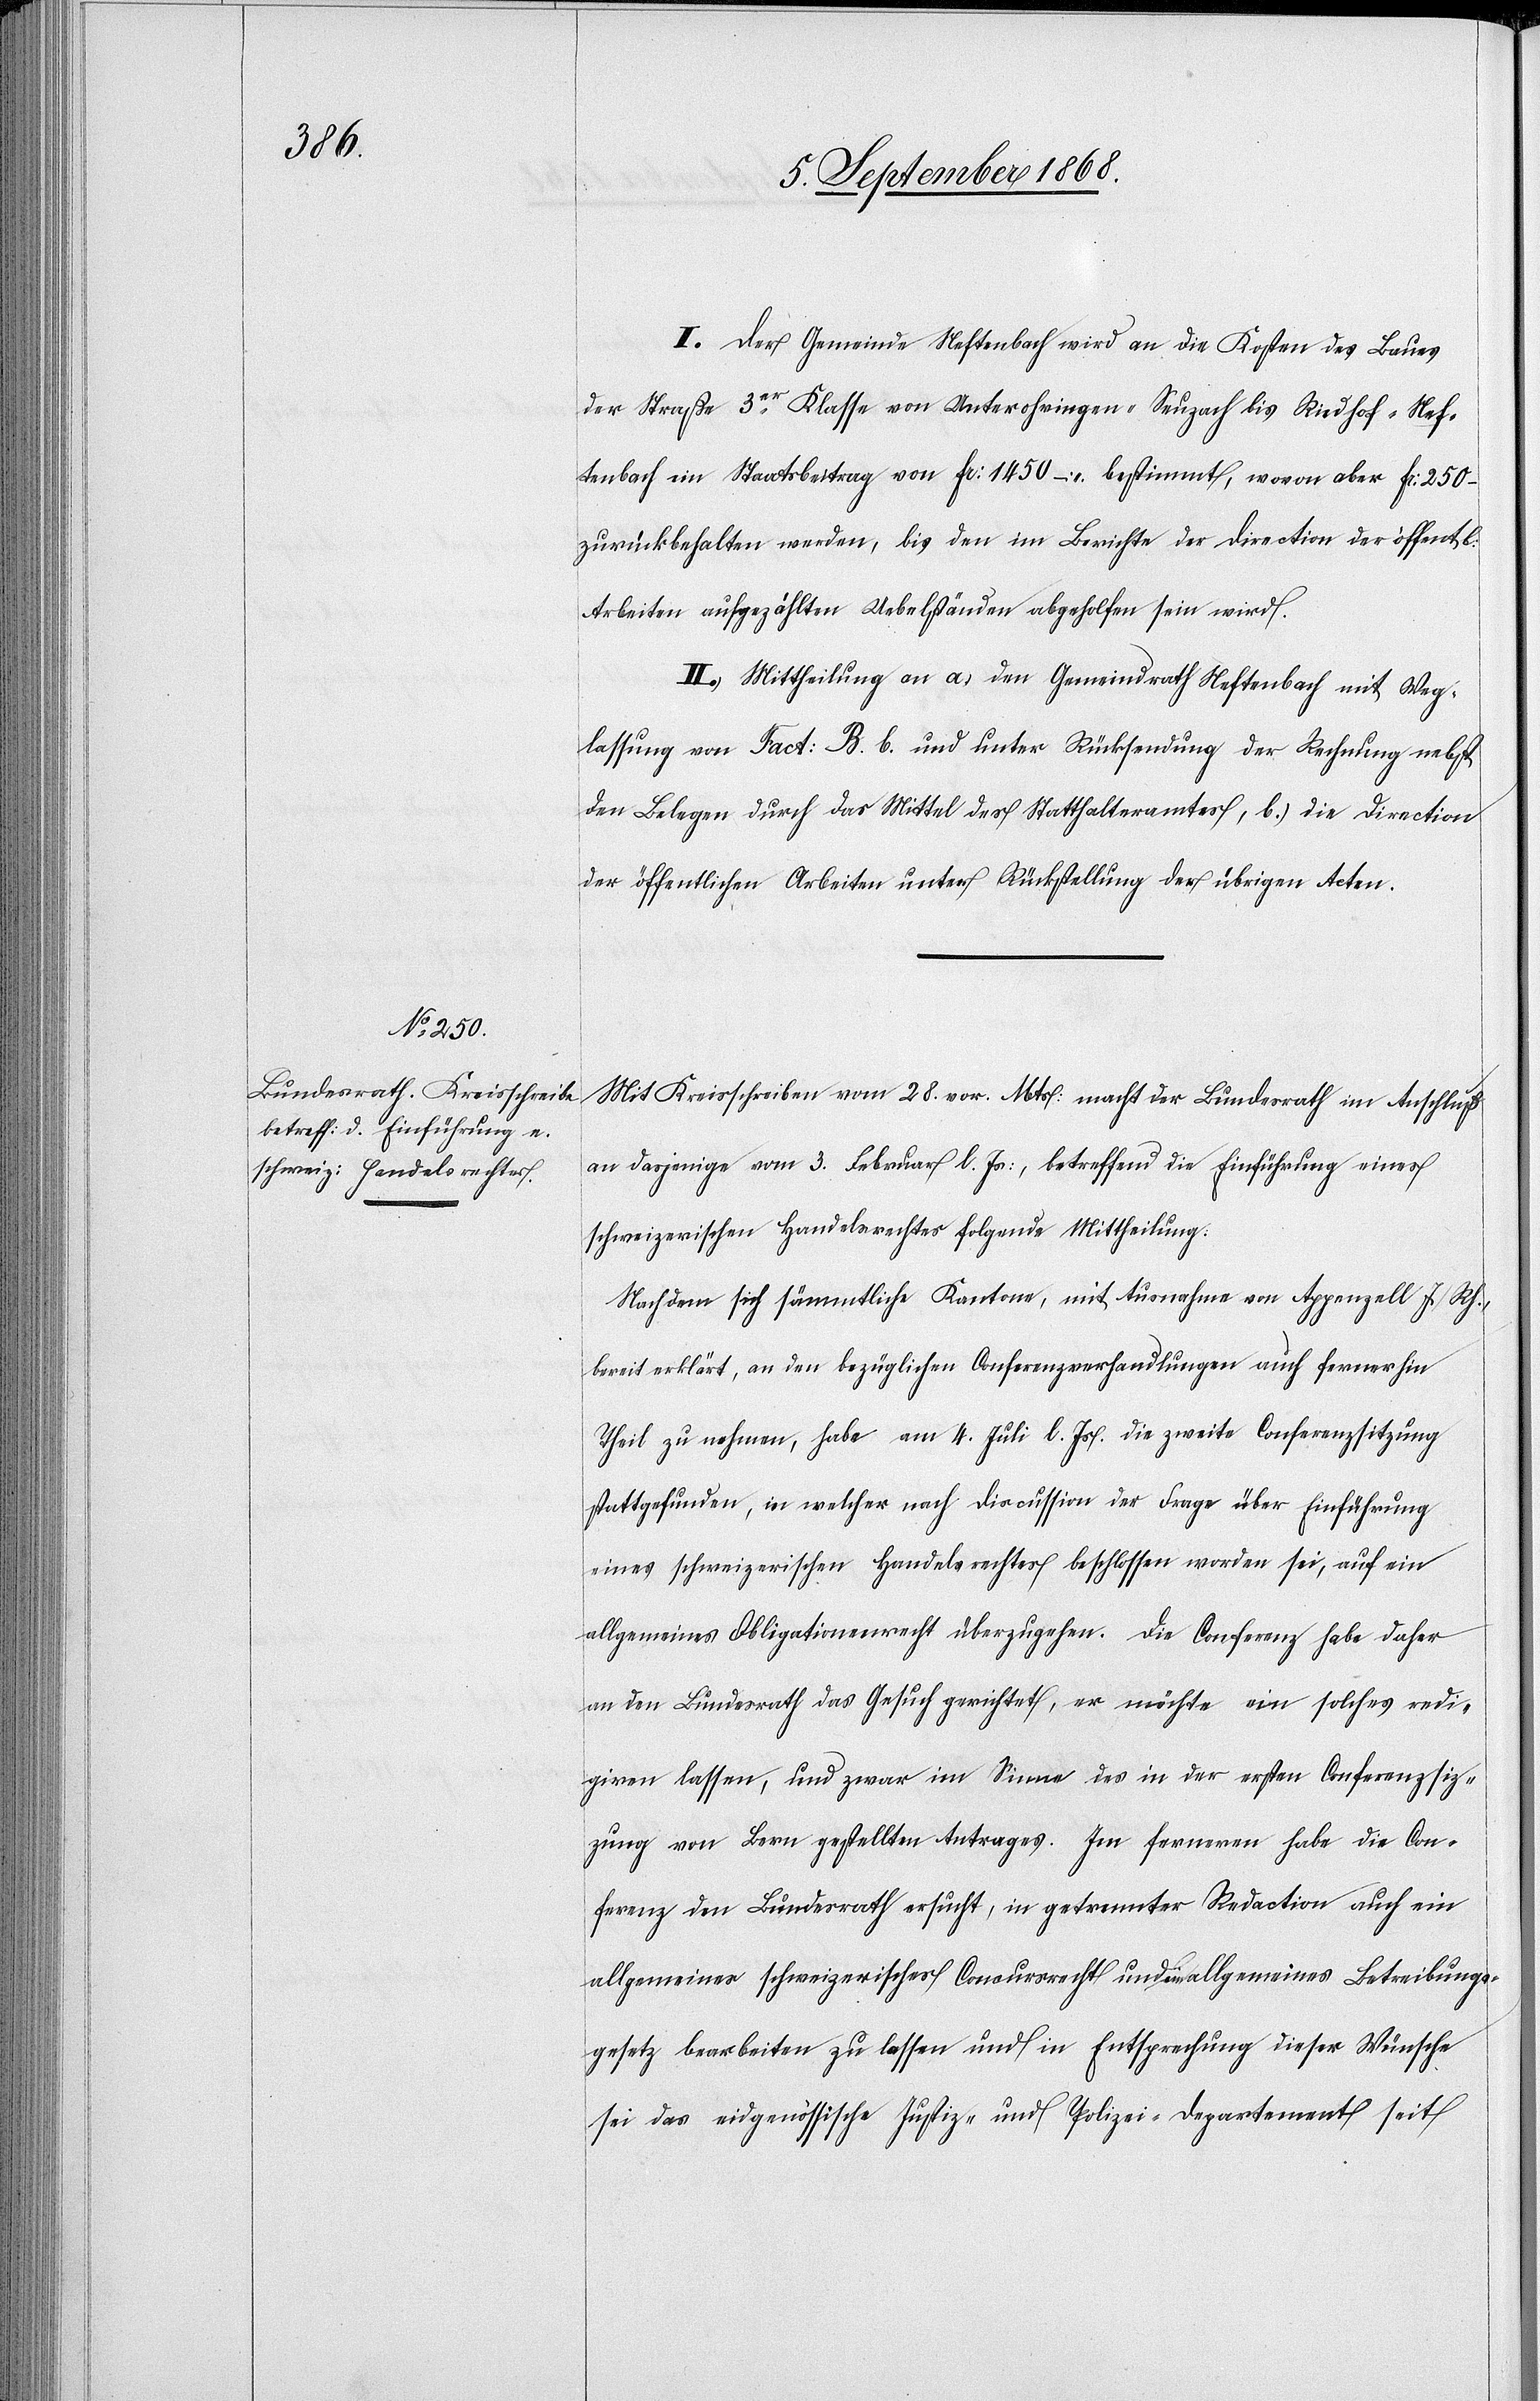
I. Der Gemeinde Neftenbach wird an die Kosten des Baues
der Straße 3er Klasse von Unterohringen - Seuzach bis Riedhof - Nef¬
tenbach ein Staatsbeitrag von Fr: 1450 – bestimmt, wovon aber Fr: 250 –
zurückbehalten werden, bis den im Berichte der Direction der öffentl:
Arbeiten aufgezählten Uebelständen abgeholfen sein wird.
II. Mittheilung an a.) den Gemeindrath Neftenbach mit Weg¬
lassung von Fact: B. b. und unter Rücksendung der Rechnung nebst
den Belegen durch das Mittel des Statthalteramtes, b.) die Direction
der öffentlichen Arbeiten unter Rückstellung der übrigen Acten.
Mit Kreisschreiben vom 28. vor. Mts: macht der Bundesrath im Anschluß
an dasjenige vom 3. Februar l. Js:, betreffend die Einführung eines
schweizerischen Handelsrechtes folgende Mittheilung:
Nachdem sich sämmtliche Kantone, mit Ausnahme von Appenzell I. Rh.,
bereit erklärt, an den bezüglichen Conferenzverhandlungen auch fernerhin
Theil zu nehmen, habe am 4. Juli l. Js. die zweite Conferenzsitzung
stattgefunden, in welcher nach Discussion der Frage über Einführung
eines schweizerischen Handelsrechtes beschlossen worden sei, auf ein
allgemeines Obligationenrecht überzugehen. Die Conferenz habe daher
an den Bundesrath das Gesuch gerichtet, er möchte ein solches redi¬
giren lassen, und zwar im Sinne des in der ersten Conferenzsit¬
zung von Bern gestellten Antrages. Im ferneren habe die Con¬
ferenz den Bundesrath ersucht, in getrennter Redaction auch ein
allgemeines schweizerisches Concursrecht und ein allgemeines Betreibungs¬
gesetz bearbeiten zu lassen und in Entsprechung dieser Wünsche
sei das eidgenössische Justiz- und Polizei-Departement seit